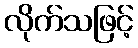
လိုက်သဖြင့်